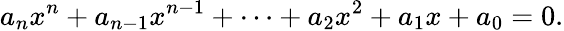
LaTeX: a_{n}x^{n}+a_{n-1}x^{n-1}+\dotsb+a_{2}x^{2}+a_{1}x+a_{0}=0.